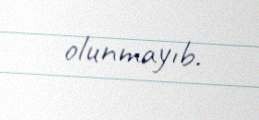
olunmayıb.